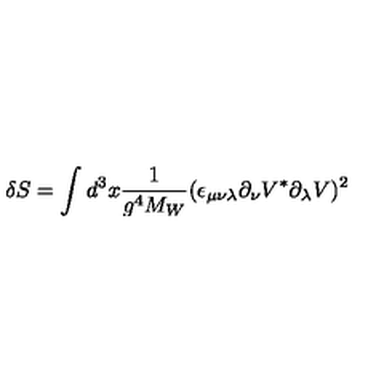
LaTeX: \delta S = \int d ^ { 3 } x { \frac { 1 } { g ^ { 4 } M _ { W } } } ( \epsilon _ { \mu \nu \lambda } \partial _ { \nu } V ^ { * } \partial _ { \lambda } V ) ^ { 2 }